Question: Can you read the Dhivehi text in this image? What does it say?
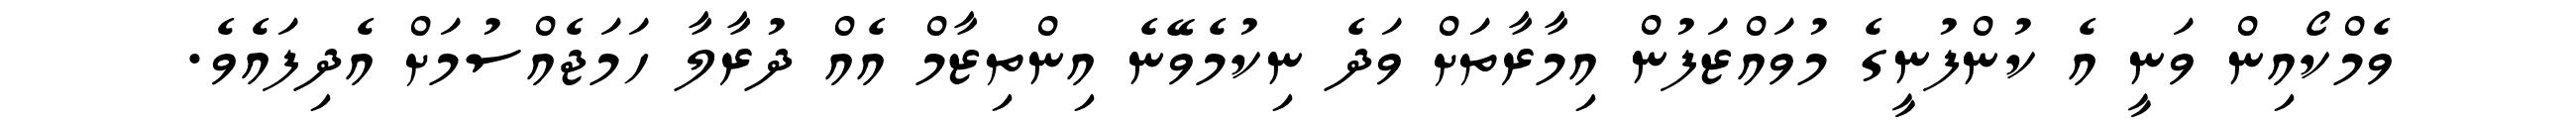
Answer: ވެމްކޯއިން ވަނީ އެ ކުންފުނީގެ މުވައްޒަފުން އިމާރާތަށް ވަދެ ނިކުމެވޭނެ އިންތިޒާމް އެއް ދުރާލާ ހަމަޖެއްސުމަށް އެދިފައެވެ.